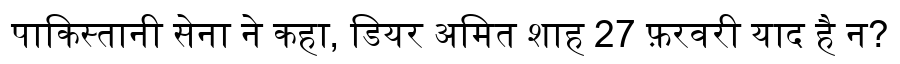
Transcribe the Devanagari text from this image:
पाकिस्तानी सेना ने कहा, डियर अमित शाह 27 फ़रवरी याद है न?